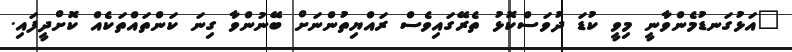
"އަޅުގަނޑުމެންވާނީ މިވީ ކުޑަ ދުވަސްކޮޅު ތެރޭގައިވެސް ރައްޔިތުންނަށް ބޭނުންވާ ގިނަ ކަންތައްތަކެއް ކޮށްދީފައި.